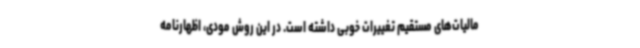
مالیات‌های مستقیم تغییرات خوبی داشته است. در این روش مودی، اظهارنامه